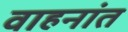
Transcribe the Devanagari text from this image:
वाहनांत